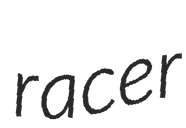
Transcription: racer